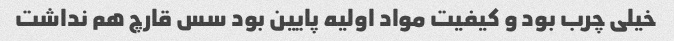
خیلی چرب بود و کیفیت مواد اولیه پایین بود سس قارچ هم نداشت